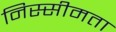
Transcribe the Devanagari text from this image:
निस्सीमता